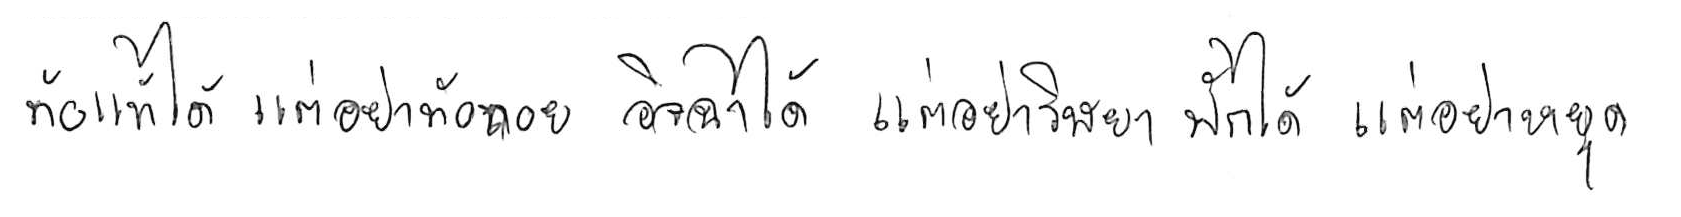
ท้อแท้ได้ แต่อย่าท้อถอย อิจฉาได้ แต่อย่าริษยา พักได้ แต่อย่าหยุด